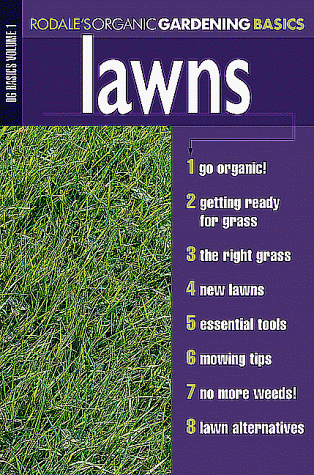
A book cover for Lawns (Rodale Organic Gardening Basics, Vol 1); Crafts, Hobbies & Home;